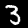
Label: 3